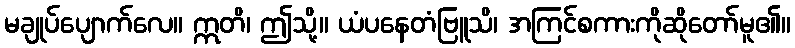
မချုပ်ပျောက်လေ။ ဣတိ၊ ဤသို့။ ယံပနေတံဗြူသိ၊ အကြင်စကားကိုဆိုတော်မူ၏။